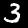
Digit: 3